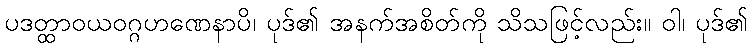
ပဒတ္ထာဝယဝဂ္ဂဟဏေနာပိ၊ ပုဒ်၏ အနက်အစိတ်ကို သိသဖြင့်လည်း။ ဝါ၊ ပုဒ်၏